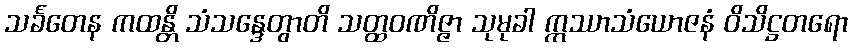
သင်္ခတေန ကထန္တိ သံသန္ဒေတွာတိ သတ္ထဝဏိဇ္ဇာ သုမုခါ ဣဿာသံယောဇနံ ဝိသိဋ္ဌတရော